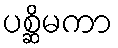
ပစ္ဆိမကာ